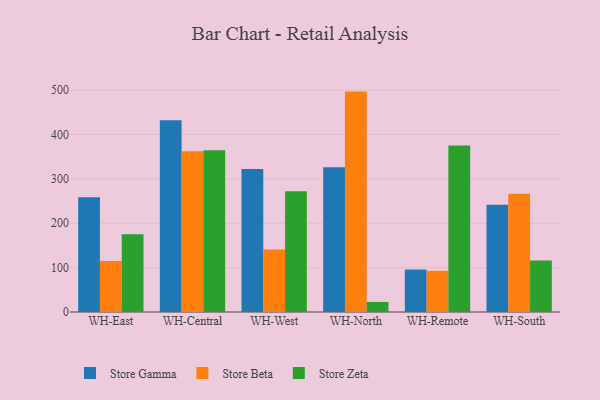
{"axis": {"x": "Warehouse", "y": "Gross Profit (USD K)"}, "legend": ["Store Beta", "Store Gamma", "Store Zeta"], "data": [{"x": "WH-East", "y": 258.8, "type": "Store Gamma"}, {"x": "WH-East", "y": 114.7, "type": "Store Beta"}, {"x": "WH-East", "y": 175.2, "type": "Store Zeta"}, {"x": "WH-Central", "y": 432.4, "type": "Store Gamma"}, {"x": "WH-Central", "y": 362.2, "type": "Store Beta"}, {"x": "WH-Central", "y": 364.5, "type": "Store Zeta"}, {"x": "WH-West", "y": 322.0, "type": "Store Gamma"}, {"x": "WH-West", "y": 140.9, "type": "Store Beta"}, {"x": "WH-West", "y": 272.1, "type": "Store Zeta"}, {"x": "WH-North", "y": 326.3, "type": "Store Gamma"}, {"x": "WH-North", "y": 496.7, "type": "Store Beta"}, {"x": "WH-North", "y": 22.7, "type": "Store Zeta"}, {"x": "WH-Remote", "y": 95.8, "type": "Store Gamma"}, {"x": "WH-Remote", "y": 92.8, "type": "Store Beta"}, {"x": "WH-Remote", "y": 375.2, "type": "Store Zeta"}, {"x": "WH-South", "y": 241.8, "type": "Store Gamma"}, {"x": "WH-South", "y": 266.3, "type": "Store Beta"}, {"x": "WH-South", "y": 116.3, "type": "Store Zeta"}]}